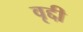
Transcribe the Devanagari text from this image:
वृद्दी